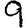
Digit: 9